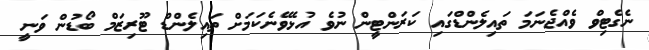
ނެގެޓިވް ވެއްޖެނަމަ ތައިލެންޑްގައި ކަރަންޓީން ނުވެ އުޅެވޭނެކަމަށް ތައިލެންޑް ޓޫރިޒަމް ބޯޑުން ވަނީ